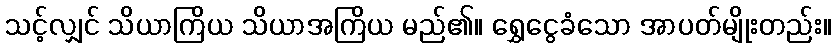
သင့်လျှင် သိယာကြိယ သိယာအကြိယ မည်၏။ ရွှေငွေခံသော အာပတ်မျိုးတည်း။